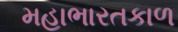
મહાભારતકાળ